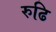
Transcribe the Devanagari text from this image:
रुढि